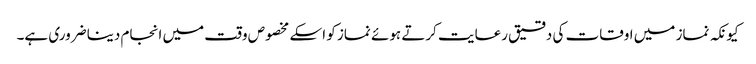
کیونکہ نماز میں اوقات کی دقیق رعایت کرتے ہوئے نماز کو اسکے مخصوص وقت میں انجام دینا ضروری ہے۔